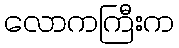
လောကကြီးက